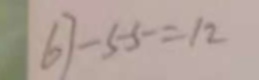
6 7 - 5 5 = 1 2